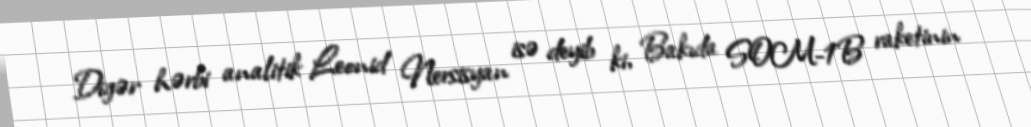
Digər hərbi analitik Leonid Nersisyan isə deyib ki, Bakıda SOM-1B raketinin